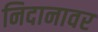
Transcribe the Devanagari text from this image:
निदानावर